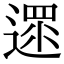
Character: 遝